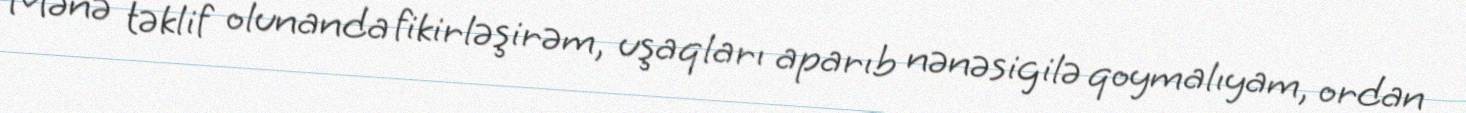
Mənə təklif olunanda fikirləşirəm, uşaqları aparıb nənəsigilə qoymalıyam, ordan